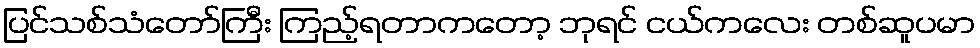
ပြင်သစ်သံတော်ကြီး ကြည့်ရတာကတော့ ဘုရင် ငယ်ကလေး တစ်ဆူပမာ